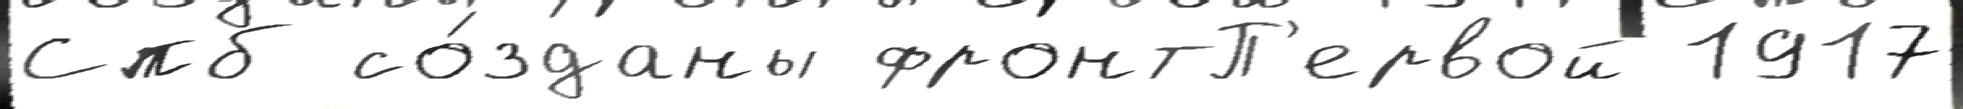
Спб со́зданы фронтП'ервой 1917